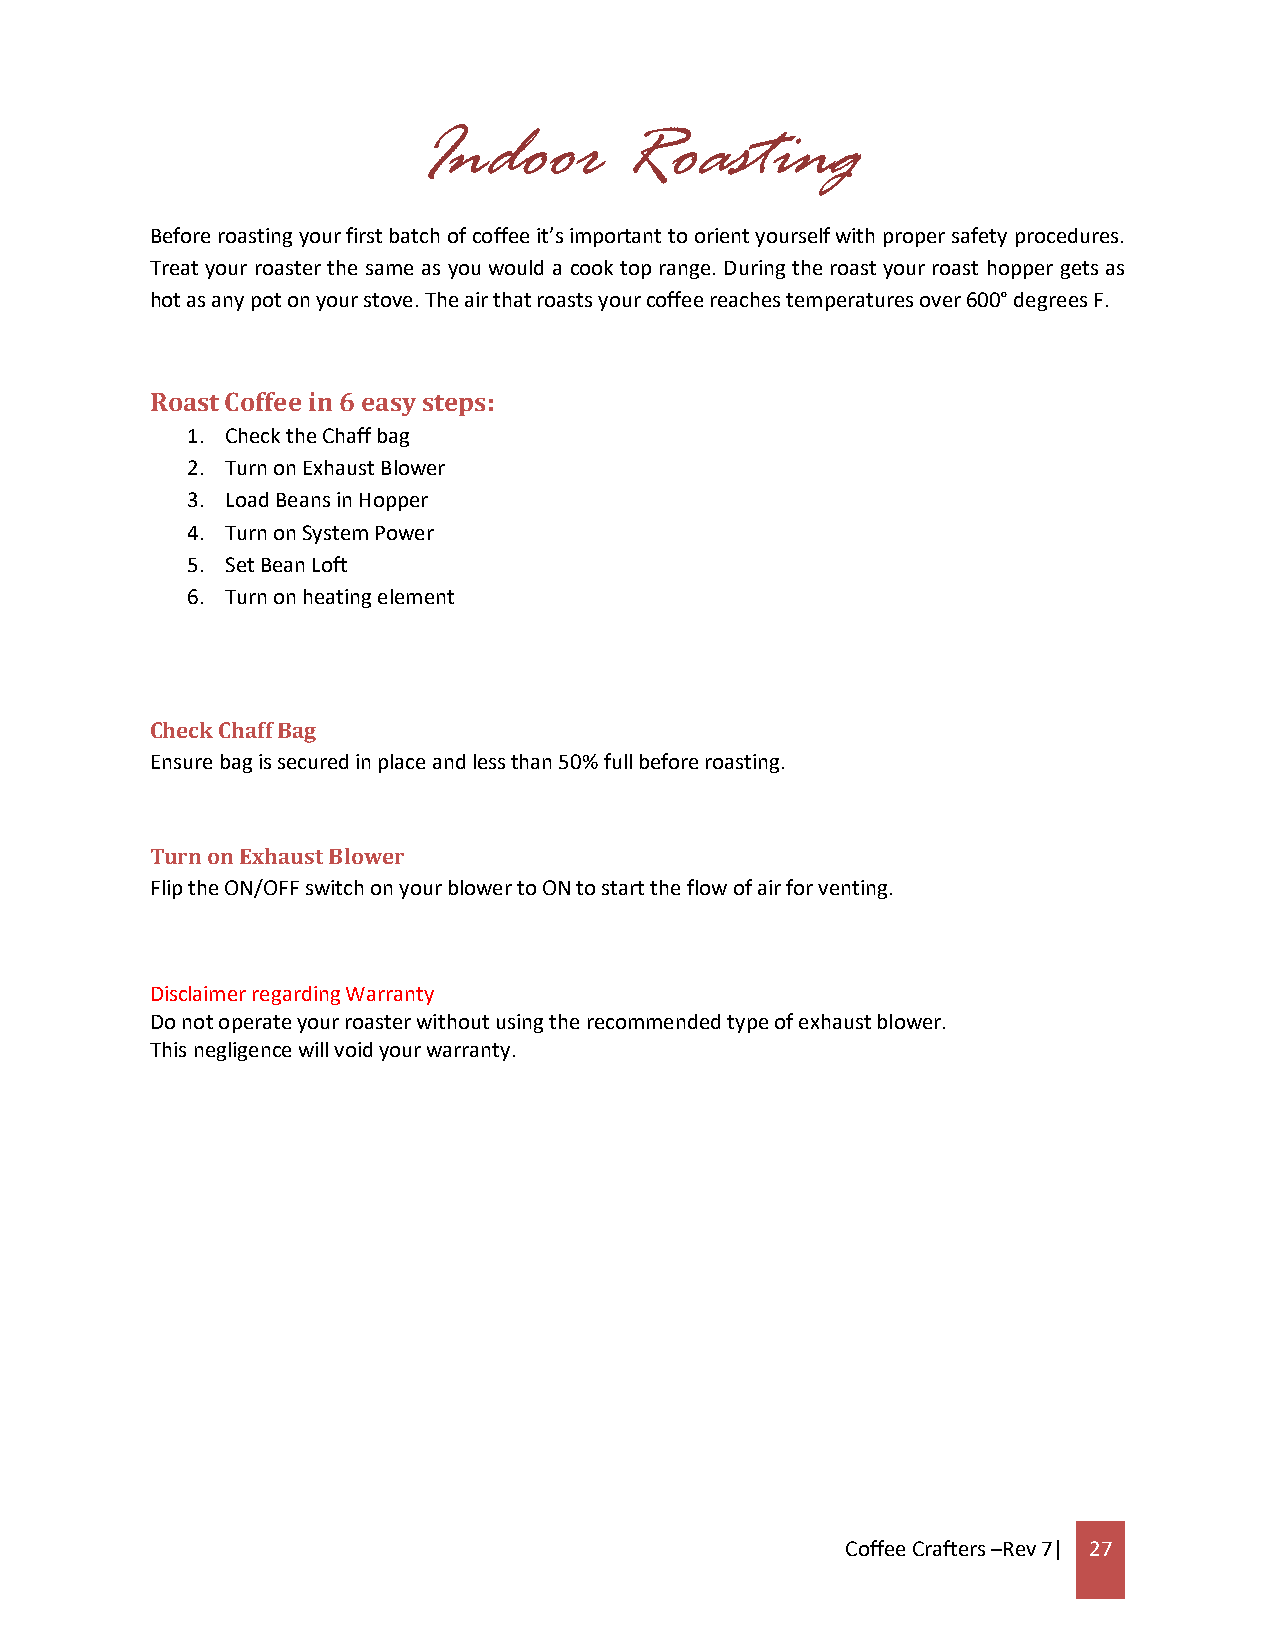
Indoor       Roasting
 Before roasting your first batch of coffee it’s important to orient yourself with proper safety procedures.
 Treat your roaster the same as you would a cook top range. During the roast your roast hopper gets as
 hot as any pot on your stove. The air that roasts your coffee reaches temperatures over 600° degrees F.
 Roast Coffee in 6 easy steps:
 1. Check the Chaff bag
 2. Turn on Exhaust Blower
 3. Load Beans in Hopper
 4. Turn on System Power
 5. Set Bean Loft
 6. Turn on heating element
 Check Chaff Bag
 Ensure bag is secured in place and less than 50% full before roasting.
 Turn on Exhaust Blower
 Flip the ON/OFF switch on your blower to ON to start the flow of air for venting.
 Disclaimer regarding Warranty
 Do not operate your roaster without using the recommended type of exhaust blower.
 This negligence will void your warranty.
 Coffee Crafters –Rev 7| 27